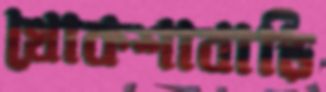
খোকশাবাড়ি